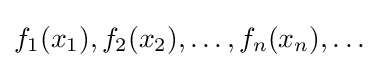
f_{1}(x_{1}),f_{2}(x_{2}),\ldots ,f_{n}(x_{n}),\ldots